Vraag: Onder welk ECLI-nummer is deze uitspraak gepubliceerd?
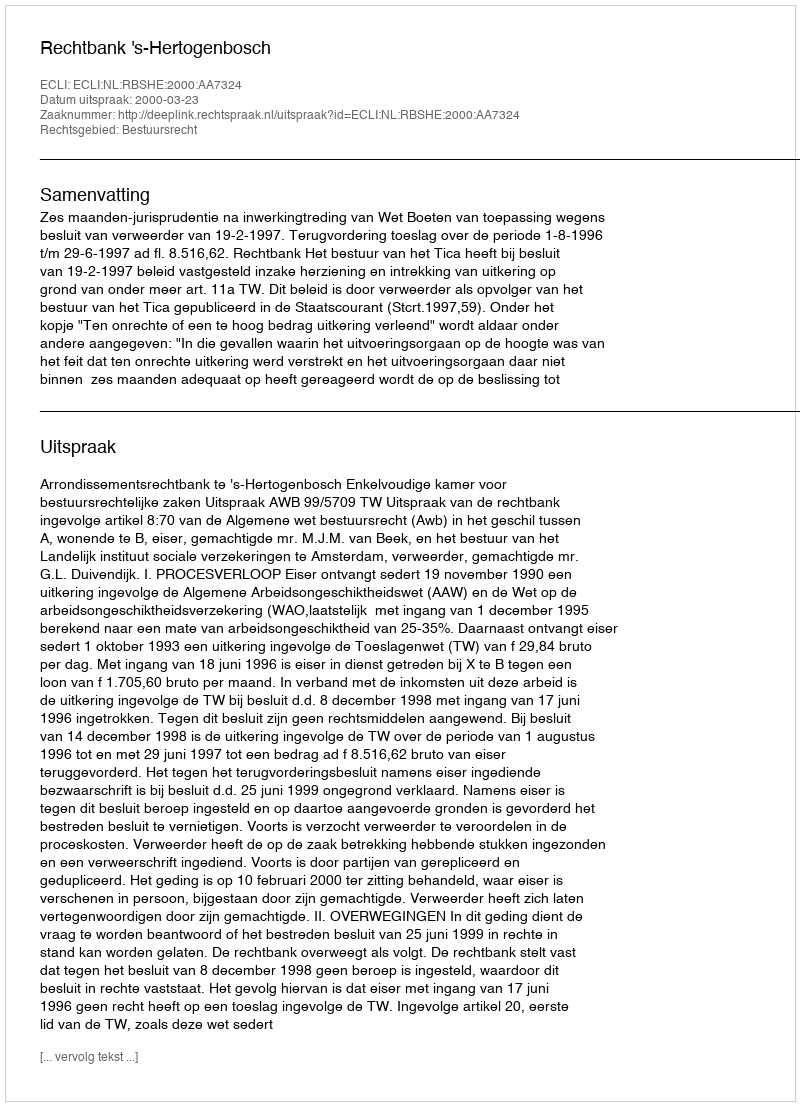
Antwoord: ECLI:NL:RBSHE:2000:AA7324